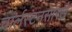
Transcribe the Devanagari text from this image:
चार्लस्टनसारखे